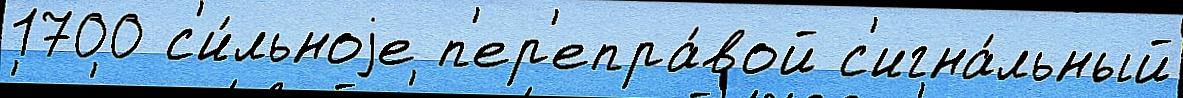
1700 с'и́льноjе п'ер'епра́вой с'игна́льный